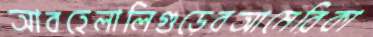
আবহেলালিগুড়েরআমেরিকা